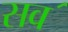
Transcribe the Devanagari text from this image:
सव॔